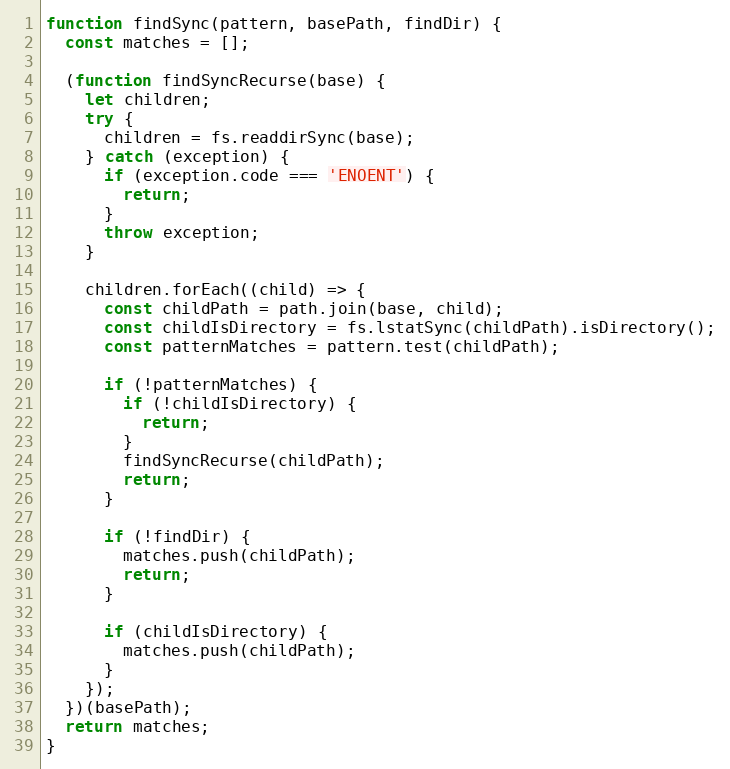
Language: JavaScript
function findSync(pattern, basePath, findDir) {
  const matches = [];

  (function findSyncRecurse(base) {
    let children;
    try {
      children = fs.readdirSync(base);
    } catch (exception) {
      if (exception.code === 'ENOENT') {
        return;
      }
      throw exception;
    }

    children.forEach((child) => {
      const childPath = path.join(base, child);
      const childIsDirectory = fs.lstatSync(childPath).isDirectory();
      const patternMatches = pattern.test(childPath);

      if (!patternMatches) {
        if (!childIsDirectory) {
          return;
        }
        findSyncRecurse(childPath);
        return;
      }

      if (!findDir) {
        matches.push(childPath);
        return;
      }

      if (childIsDirectory) {
        matches.push(childPath);
      }
    });
  })(basePath);
  return matches;
}